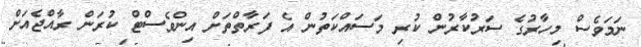
ނަމަވެސް މިހާރުގެ ސަރުކާރުން ކުރި މަސައްކަތުން އެ ފަރާތްތަށް އިންވެސްޓް ކުރަން ރާއްޖެއަށް